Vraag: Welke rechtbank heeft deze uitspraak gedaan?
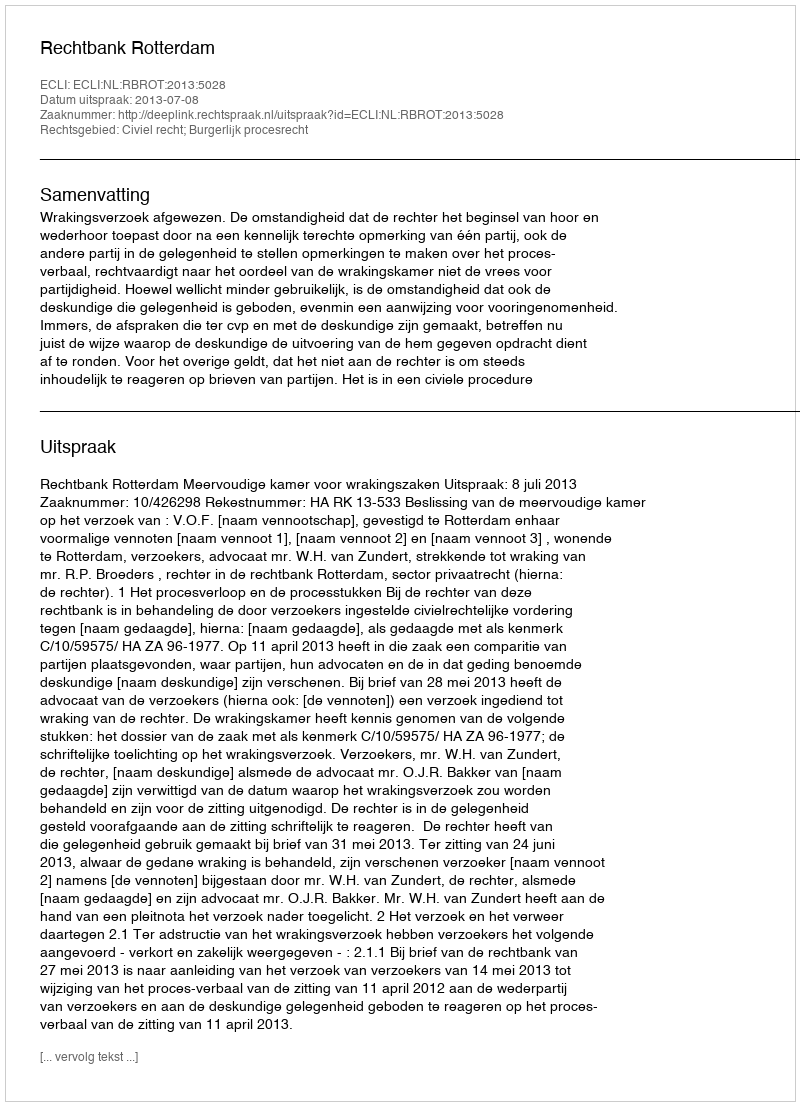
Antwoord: Rechtbank Rotterdam